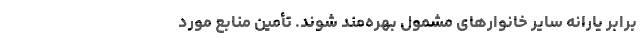
برابر یارانه سایر خانوارهای مشمول بهره‌مند شوند. تأمین منابع مورد